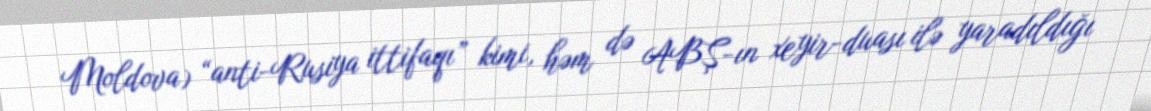
Moldova) “anti-Rusiya ittifaqı” kimi, həm də ABŞ-ın xeyir-duası ilə yaradıldığı